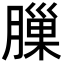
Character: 𦟳